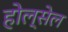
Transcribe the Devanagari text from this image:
होल्सेल